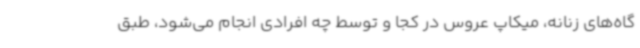
گاه‌های زنانه، میکاپ عروس در کجا و توسط چه افرادی انجام می‌شود، طبق